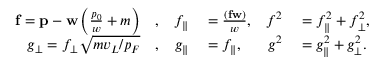
\begin{array} { r l r l r l } { \mathbf { f } = \mathbf { p } - \ensuremath { \mathbf { w } } \left( \frac { p _ { 0 } } { w } + m \right) } & { { } , } & { f _ { \parallel } } & { { } = \frac { ( \mathbf { f } \ensuremath { \mathbf { w } } ) } { w } , } & { f ^ { 2 } } & { { } = f _ { \parallel } ^ { 2 } + f _ { \perp \vphantom { \parallel } } ^ { 2 } , } \\ { g _ { \perp \vphantom { \parallel } } = f _ { \perp \vphantom { \parallel } } \sqrt { m v _ { L } / p _ { F } } } & { { } , } & { g _ { \parallel } } & { { } = f _ { \parallel } , } & { g ^ { 2 } } & { { } = g _ { \parallel } ^ { 2 } + g _ { \perp \vphantom { \parallel } } ^ { 2 } . } \end{array}